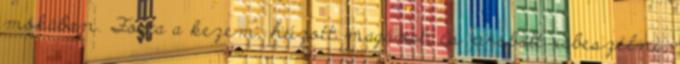
mókában. Fogta a kezem, húzott magával, és próbált rábeszélni,